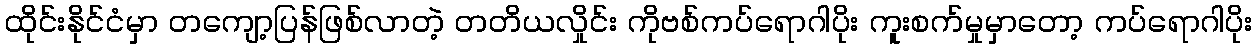
ထိုင်းနိုင်ငံမှာ တကျော့ပြန်ဖြစ်လာတဲ့ တတိယလှိုင်း ကိုဗစ်ကပ်ရောဂါပိုး ကူးစက်မှုမှာတော့ ကပ်ရောဂါပိုး